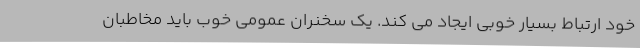
خود ارتباط بسیار خوبی ایجاد می کند. یک سخنران عمومی خوب باید مخاطبان